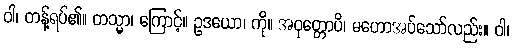
ဝါ၊ တန့်ရပ်၏။ တသ္မာ၊ ကြောင့်။ ဥဒယော၊ ကို။ အဝုတ္တောပိ၊ မဟောအပ်သော်လည်း။ ဝါ၊